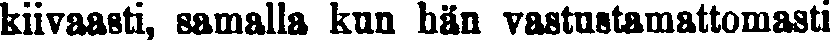
kiivaasti, samalla kun hän vastustamattomasti